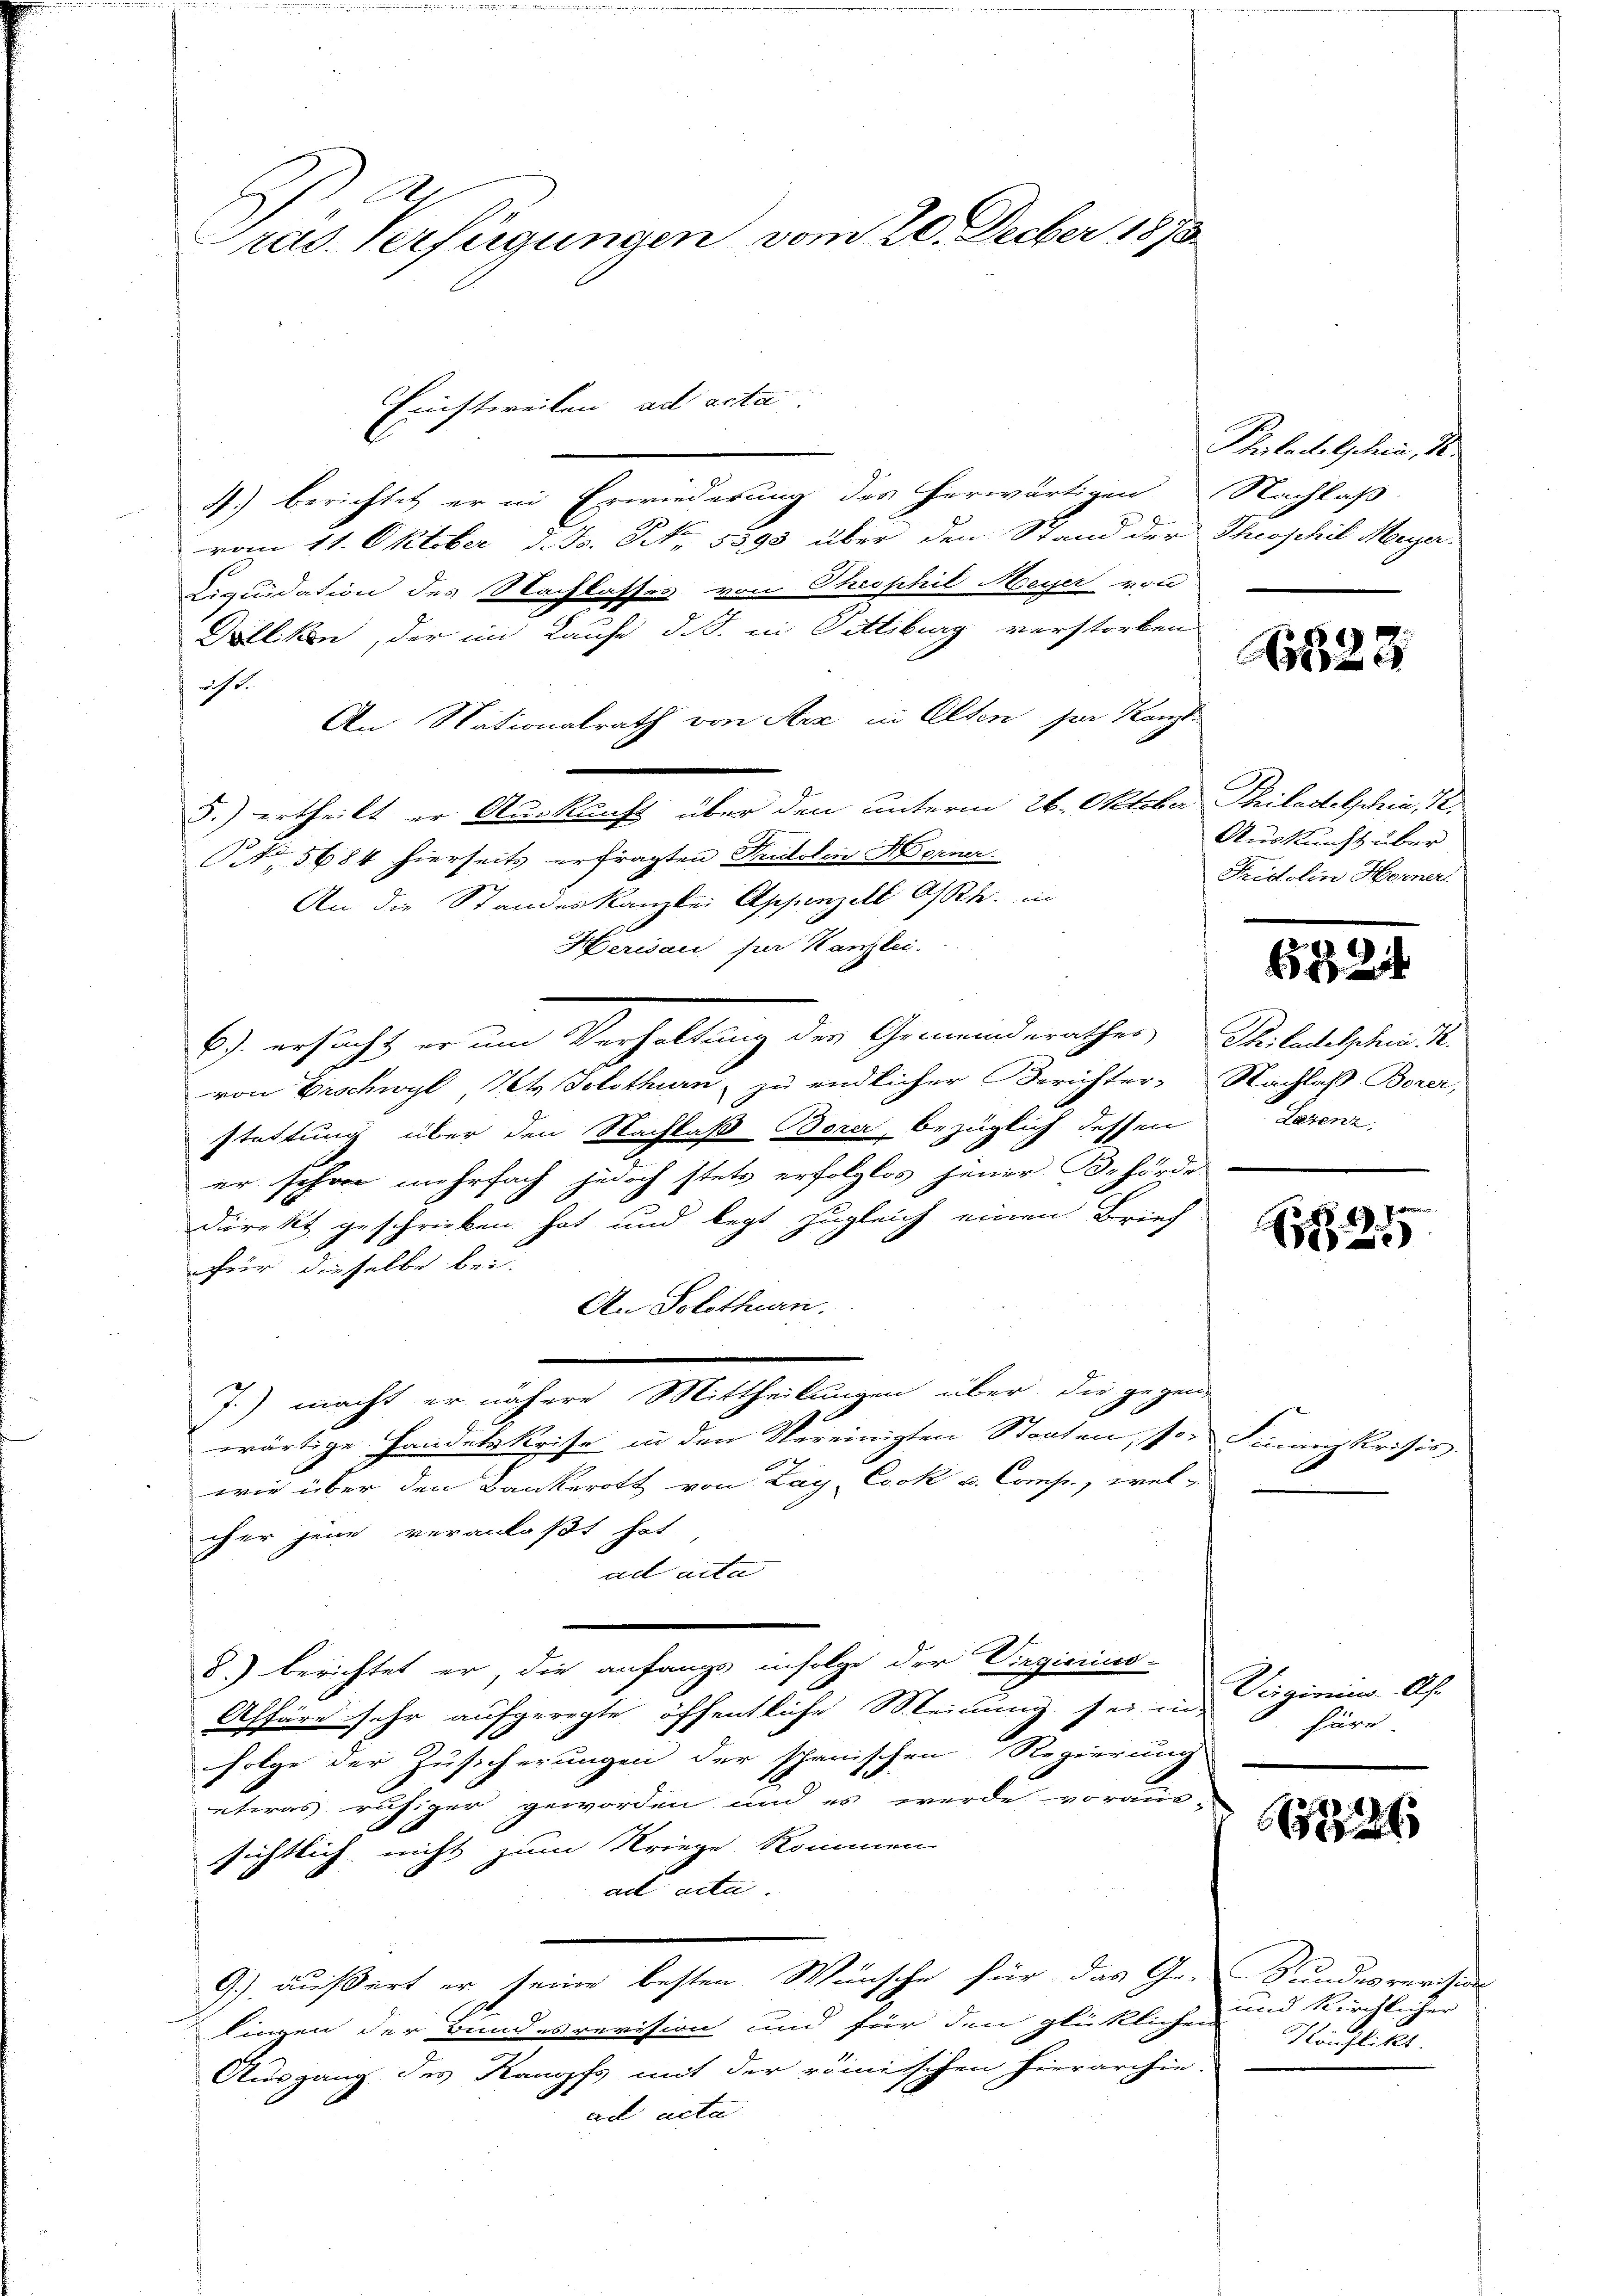
ras. Verfügungen vom 20. Decber 1873

Ernstweilen ad acta
4) berichtet er in Erwiederung des herwärtigen Nachlaß
vom 11. Oktober d. Js. No. 5393 über den Stand der Theophil Meyer
Liquidation des Nachlasses von Theophil Meyer von
Dölliken, der im Laufe d. J. in Gittiburg verstorben
richt
An Nationalrath von Arz in Alten sei Kanzl
5.) ertheilt er Auskunft über den unterm 26. Oktober Philadelschia, 12.
A 5684 hierseits erfragten Fridolin Kerner
An die Standeskanzlei Appenzell Osste. in
Herisau für Kanzlei.
6) ersucht er um Verhaltung der Gemeinderathes Philadelschein S.
von Erschwyl, Kt. Solothurn, zu endlicher Berichter Nachlaß Borer,
stattung über den Nachlaß Berei bezüglich dessen
er schon mehrfach jedoch stets erfolglos jener Behörde
Direkt geschrieben hat und legt, zugleich einen Brief
für dieselbe bei.
An Solothurn.
J.) macht er nähere Mittheilungen über die gegen-
wärtige Handelskeise in den Vereinigten Staaten, sowie über den Bankerott von Lay Cook u. Comp., wel-
cher jene veranlaßt hat.
ad acta
8) berichtet er, die anfangs infolge der Virgierino-
Affäre sehr aufgeregte öffentliche Meinung sei in
Folge der Zusicherungen der schanischen Regierung
etwas ruhiger geworden und es werde voraus-
sichtlich nicht zum Kriege kommen
ad acta.
9.) äußert er seine besten Wünsche für das Ge-
1
lingen der Bundesrevision und für den glücklichen
Ausgang des Kampfs mit der römischen hierarchie-
ad acta

Piladelschein, 10.

823

Auskunft über
Fridolin Herner.

6x

Serenz.

d
S

Finanzkrisis.

Virginius Ah.
häre

2724

Sundesverschie
und Kirchlicher
Könflikt